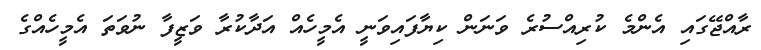
ރާއްޖޭގައި އެންމެ ކުރިއްސުރެ ވަނަން ކިޔާފައިވަނީ އެމީހެއް އަދާކުރާ ވަޒީފާ ނުވަތަ އެމީހެއްގެ